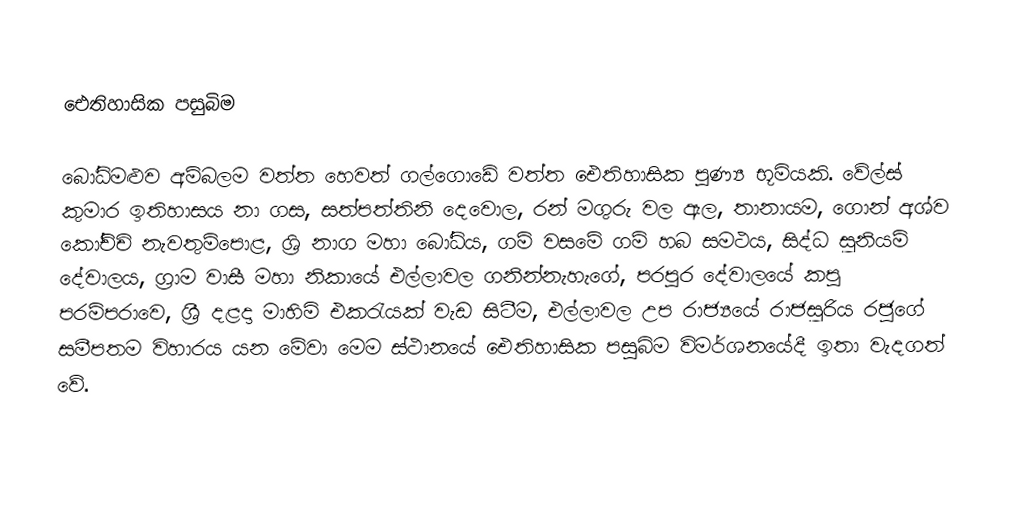

ඓතිහාසික පසුබිම

බෝධිමළුව අම්බලම වත්ත හෙවත් ගල්ගොඩේ වත්ත ඓතිහාසික පුණ්‍ය භූමියකි. වේල්ස් කුමාර ඉතිහාසය නා ගස, සත්පත්තිනි දෙවොල, රන් මගුරු වල ඇල, තානායම, ගොන් අශ්ව කෝච්චි නැවතුම්පොළ, ශ්‍රි නාග මහා බෝධිය, ගම් වසමේ ගම් හබ සමථය, සිද්ධ සූනියම් දේවාලය, ග්‍රාම වාසී මහා නිකායේ එල්ලාවල ගනින්නැහැගේ, පරපුර දේවාලයේ කපු පරම්පරාවෙ, ශ්‍රී දළදා මාහිමි එකරැයක් වැඩ සිටීම, එල්ලාවල උප රාජ්‍යයේ රාජසූරිය රජුගේ සමීපතම විහාරය යන මේවා මෙම ස්ථානයේ ඓතිහාසික පසුබිම විමර්ශනයේදී ඉතා වැදගත් වේ.